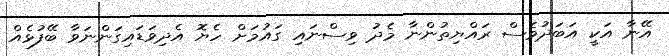
އޭނާ އަކީ އަބަދުވެސް ރައްޔިތުންނާ މެދު ވިސްނައި ގައުމަށް ހެޔޮ އެދިވަޑައިގަންނަވާ ބޭފުޅެއް